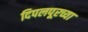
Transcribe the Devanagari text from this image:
दिपलपूरच्या